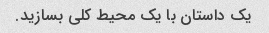
یک داستان با یک محیط کلی بسازید.